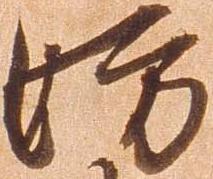
妨